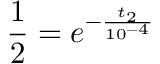
\frac { 1 } { 2 } = e ^ { - \frac { t _ { 2 } } { 1 0 ^ { - 4 } } }